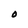
Character: O